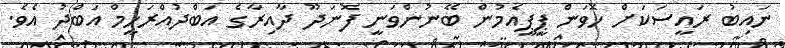
ނައިބު ރައީސަކަށް ހޮވަން ޕީޕީއެމުން ބޭނުންވަނީ ފޮނަދޫ ދާއިރާގެ އަބްދުއްރަހީމް އަބްދު އެވެ.